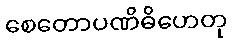
စေတောပဏိဓိဟေတု